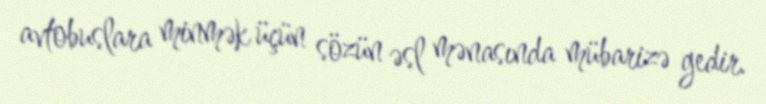
avtobuslara minmək üçün sözün əsl mənasında mübarizə gedir.